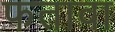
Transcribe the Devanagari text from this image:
फतावा